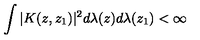
\int | K ( z , z _ { 1 } ) | ^ { 2 } d \lambda ( z ) d \lambda ( z _ { 1 } ) < \infty